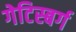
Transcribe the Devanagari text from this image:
गेटिस्बर्ग